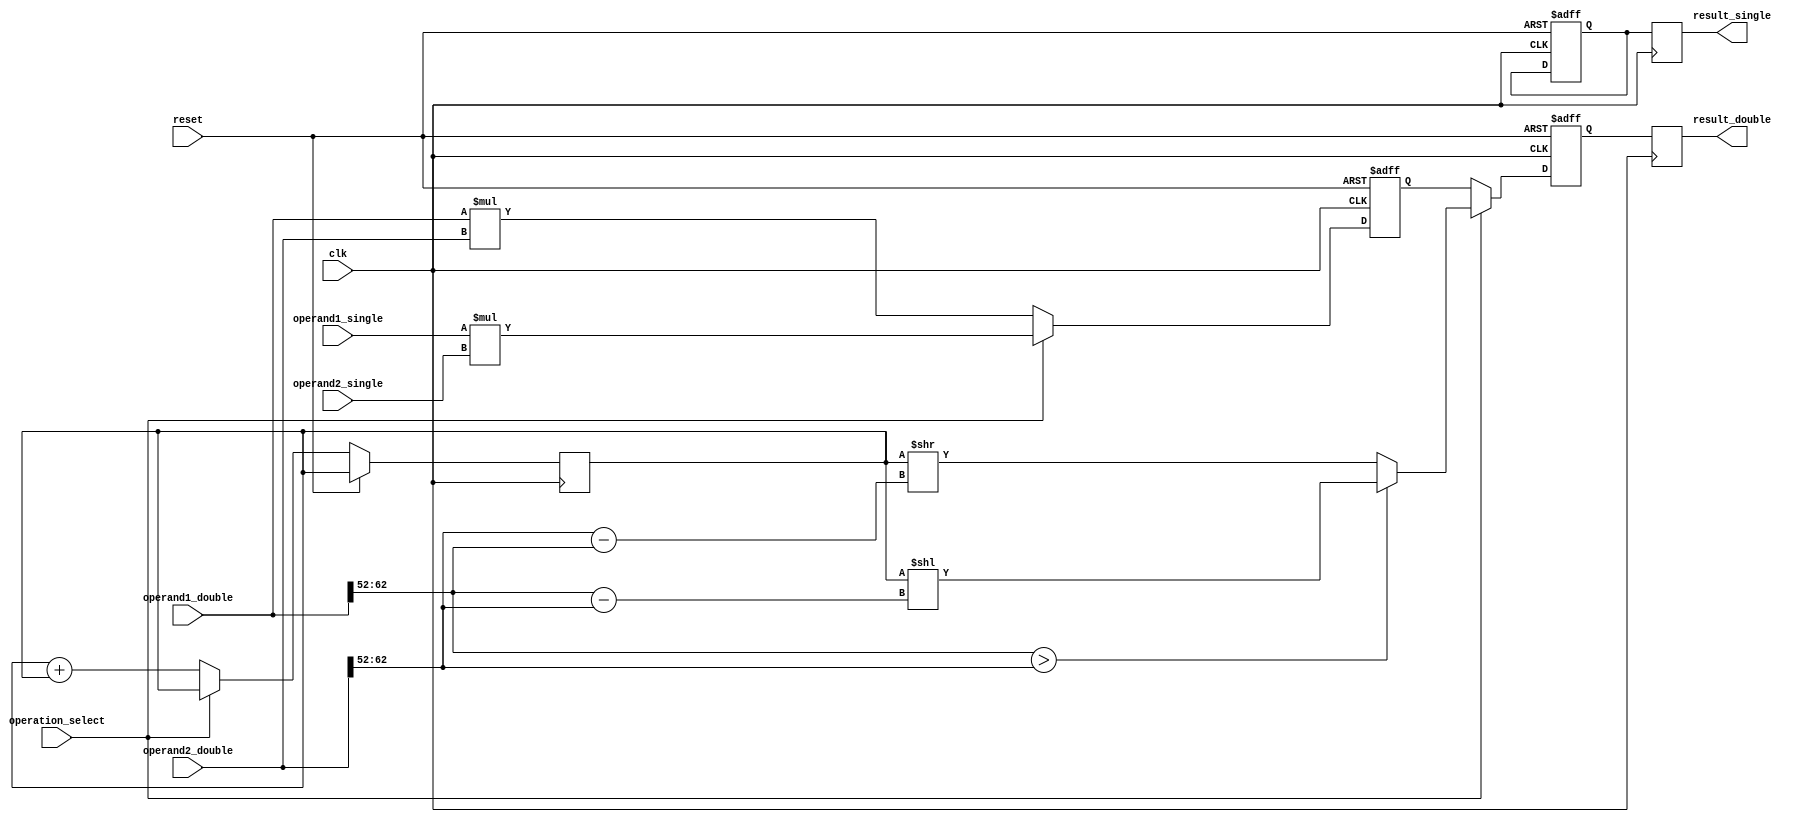
module FusedMultiplyAddFPU (
    input wire clk,
    input wire reset,
    input wire [31:0] operand1_single,
    input wire [31:0] operand2_single,
    input wire [63:0] operand1_double,
    input wire [63:0] operand2_double,
    input wire operation_select, // 0 for multiplication, 1 for addition
    output wire [31:0] result_single,
    output wire [63:0] result_double
);

reg [31:0] intermediate_result_single;
reg [63:0] intermediate_result_double;
reg [31:0] result_single_reg;
reg [63:0] result_double_reg;

// Multiplier component
reg [63:0] multiplier_result;
always @ (posedge clk or posedge reset)
begin
    if (reset)
        multiplier_result <= 64'h0;
    else if (operation_select == 0) // multiplication operation
        multiplier_result <= operand1_double * operand2_double; // double precision multiplication
    else
        multiplier_result <= {2'b0, operand1_single} * {2'b0, operand2_single}; // single precision multiplication
end

// Adder component
always @ (posedge clk or posedge reset)
begin
    if (reset)
        intermediate_result_single <= 32'h0;
    else if (operation_select == 1) // addition operation
        intermediate_result_single <= intermediate_result_single + intermediate_result_single; // single precision addition
    else
        intermediate_result_double <= intermediate_result_double + intermediate_result_double; // double precision addition
end

// Shifter component
always @ (posedge clk or posedge reset)
begin
    if (reset)
    begin
        result_single_reg <= 32'h0;
        result_double_reg <= 64'h0;
    end
    else if (operation_select == 0) // multiplication
        result_double_reg <= multiplier_result; // no shift needed for multiplication
    else
    begin
        if (operand1_double[62:52] > operand2_double[62:52]) // shift left
            result_double_reg <= intermediate_result_double << (operand1_double[62:52] - operand2_double[62:52]);
        else
            result_double_reg <= intermediate_result_double >> (operand2_double[62:52] - operand1_double[62:52]); // shift right
    end
end

always @ (posedge clk)
begin
    result_single <= result_single_reg;
    result_double <= result_double_reg;
end

endmodule